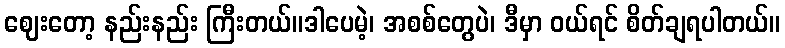
ဈေးတော့ နည်းနည်း ကြီးတယ်။ဒါပေမဲ့၊ အစစ်တွေပဲ၊ ဒီမှာ ဝယ်ရင် စိတ်ချရပါတယ်။